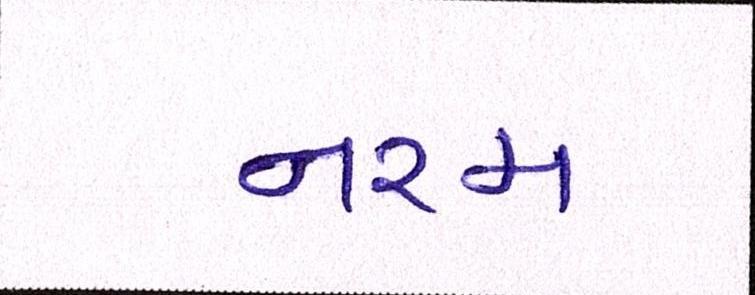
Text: નરમ